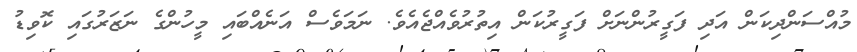
މުއްސަންދިކަން އަދި ފަގީރުންނަށް ފަގީރުކަން އިތުރުވެއްޖެއެވެ. ނަމަވެސް އަނެއްބައި މީހުންގެ ނަޒަރުގައި ކޮވިޑު